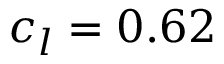
c _ { l } = 0 . 6 2